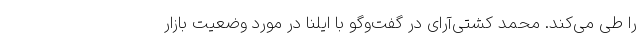
را طی می‌کند. محمد کشتی‌آرای در گفت‌وگو با ایلنا در مورد وضعیت بازار